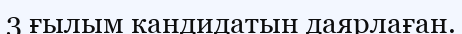
3 ғылым кандидатын даярлаған.